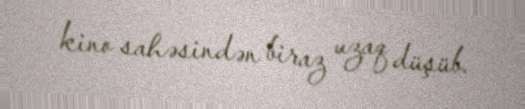
kino sahəsindən biraz uzaq düşüb.